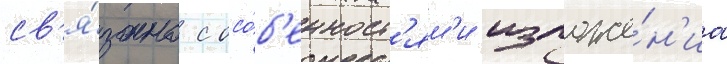
св'я́зано с осо́б'енност'ям'и изложе́н'иа